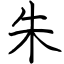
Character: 朱